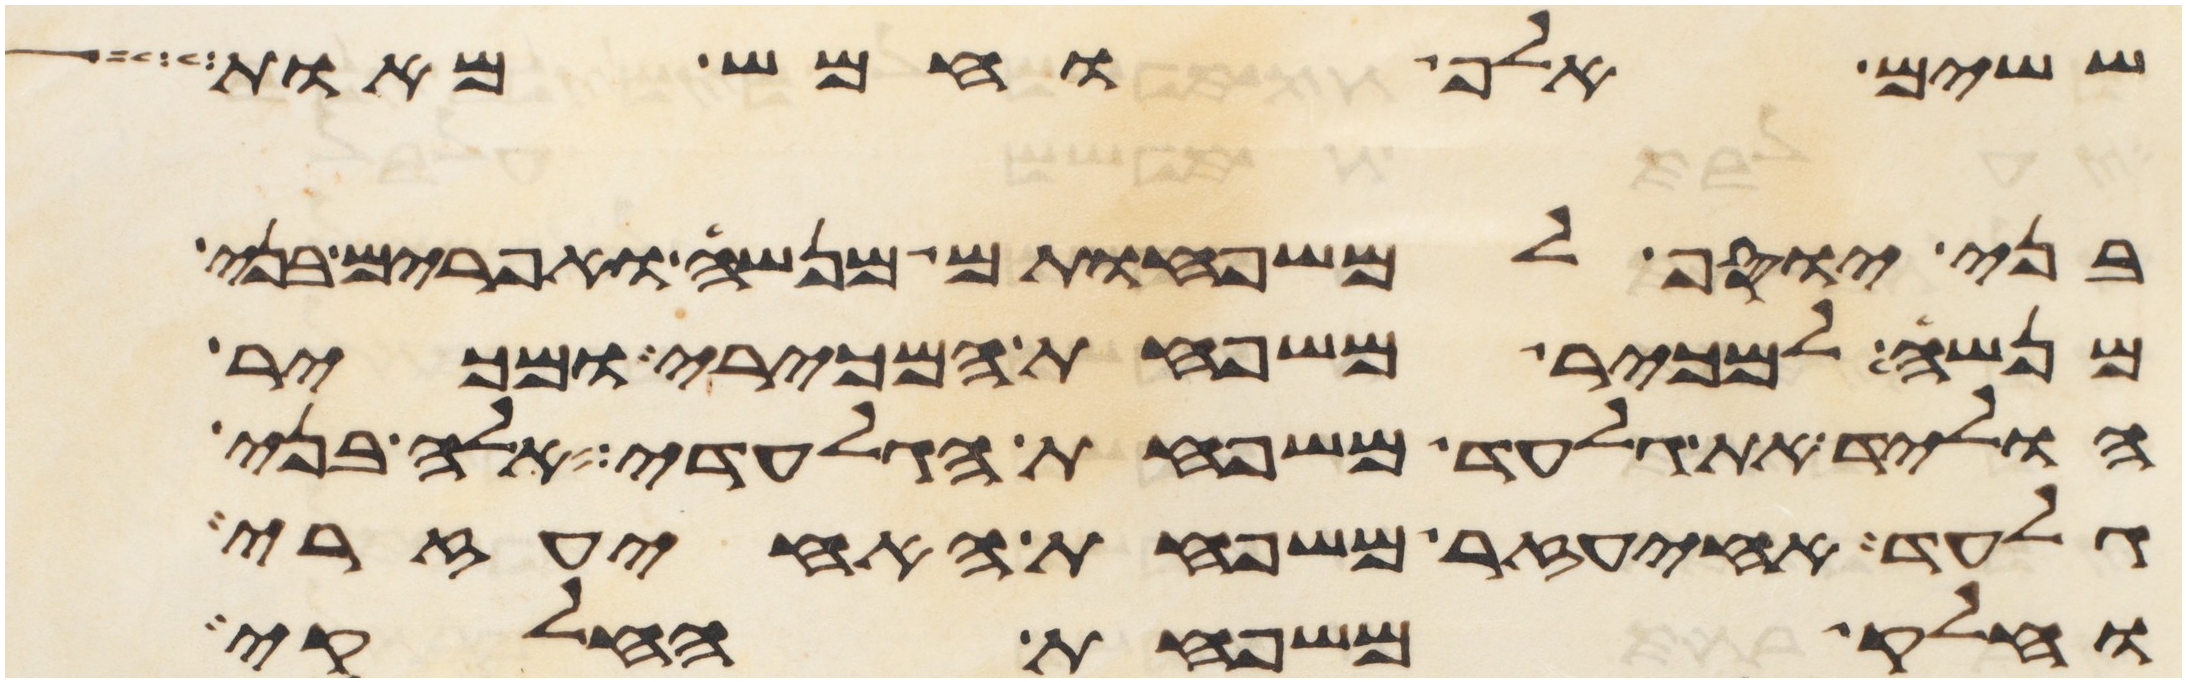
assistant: ששים אלף וחמש מאות
בני יוסף למשפחותם מנשה ואפרים בני
מנשה למכיר משפחת המכירי ומכיר
הוליד את גלעד משפחת הגלעדי אלה בני
גלעד איעזר משפחת האיעזרי
וחלק משפחת החלקי